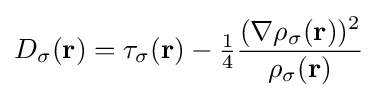
D_{\sigma }(\mathbf {r} )=\tau _{\sigma }(\mathbf {r} )-{\tfrac {1}{4}}{\frac {(\nabla \rho _{\sigma }(\mathbf {r} ))^{2}}{\rho _{\sigma }(\mathbf {r} )}}